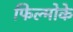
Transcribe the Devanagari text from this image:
फिल्मोके